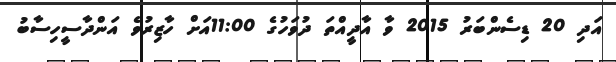
އަދި 20 ޑިސެންބަރު 2015 ވާ އާދީއްތަ ދުވަހުގެ 11:00އަށް ހާޒިރުވެ އަންދާސީހިސާބު